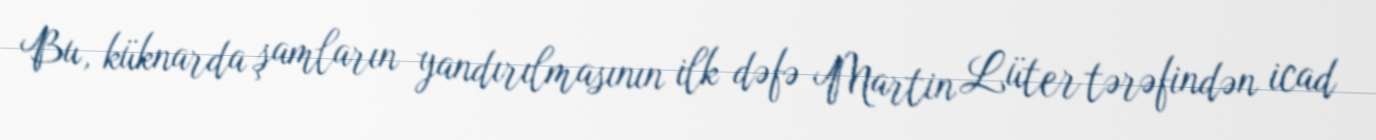
Bu, küknarda şamların yandırılmasının ilk dəfə Martin Lüter tərəfindən icad